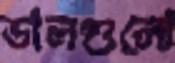
ডালগুলো